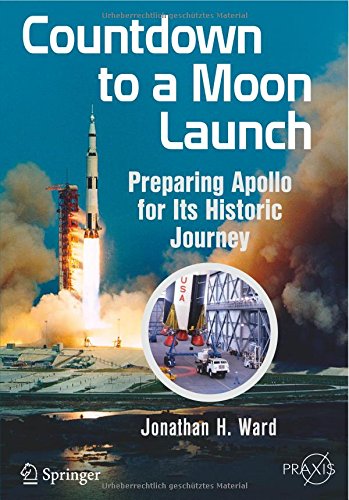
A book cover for Countdown to a Moon Launch: Preparing Apollo for Its Historic Journey (Springer Praxis Books); Jonathan H. Ward; Computers & Technology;